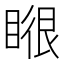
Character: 𭿉